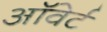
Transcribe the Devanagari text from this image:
ऑवेर्ट